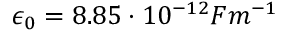
\epsilon _ { 0 } = 8 . 8 5 \cdot 1 0 ^ { - 1 2 } F m ^ { - 1 }